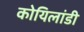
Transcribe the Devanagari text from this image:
कोयिलांडी